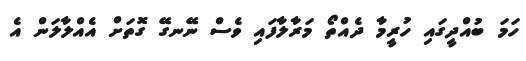
ހަމަ ބުއްދީގައި ހުރީމާ ދެއްތޯ މަރާލާފައި ވެސް ނޭނގޭ ގޮތަށް އެއްލާލަން އެ